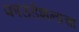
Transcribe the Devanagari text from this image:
फाउंडेशनाचा